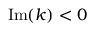
\mathrm { I m } ( k ) < 0